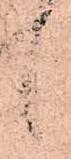
候